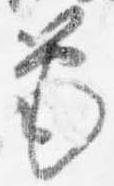
筆